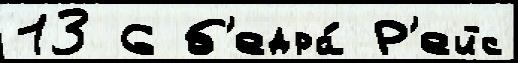
13 6 б'едра́ Р'ейс